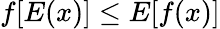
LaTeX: f[E(x)]\leq E[f(x)]